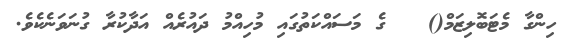
ހިންގާ މެޓަބޮލިޒަމް()   ގެ މަސައްކަތުގައި މުހިއްމު ދައުރެއް އަދާކުރާ ގުނަވަނެކެވެ.